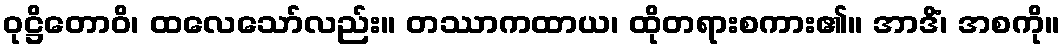
ဝုဋ္ဌိတောဝိ၊ ထလေသော်လည်း။ တဿာကထာယ၊ ထိုတရားစကား၏။ အာဒိံ၊ အစကို။